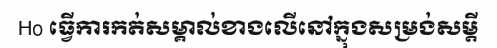
Ho ធ្វើការកត់សម្គាល់ខាងលើនៅក្នុងសម្រង់សម្តី